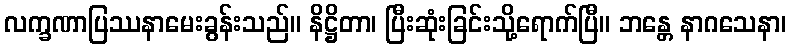
လက္ခဏာပြဿနာမေးခွန်းသည်။ နိဋ္ဌိတာ၊ ပြီးဆုံးခြင်းသို့ရောက်ပြီ။ ဘန္တေ နာဂသေနာ၊